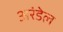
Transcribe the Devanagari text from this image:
अरंडेल